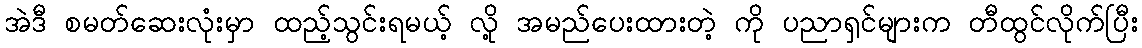
အဲဒီ စမတ်ဆေးလုံးမှာ ထည့်သွင်းရမယ့် လို့ အမည်ပေးထားတဲ့ ကို ပညာရှင်များက တီထွင်လိုက်ပြီး